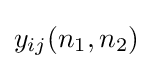
y_{ij}(n_{1},n_{2})